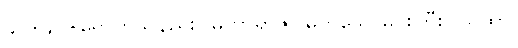
၄၀+၄၁+ရောက်သနည်း။ မဟာရာဇ၊ မြတ်သောမင်းကြီး။ ယထာ၊